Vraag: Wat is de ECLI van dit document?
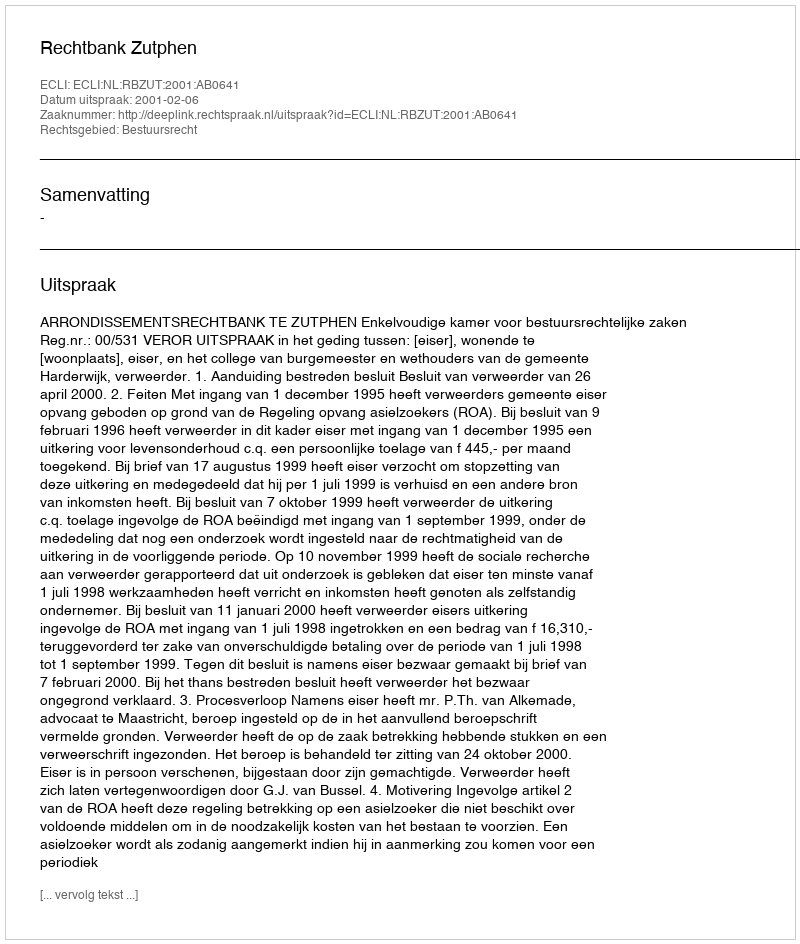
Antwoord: ECLI:NL:RBZUT:2001:AB0641